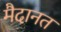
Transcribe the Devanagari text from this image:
मैदानत